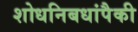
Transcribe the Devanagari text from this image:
शोधनिबधांपैकी